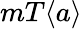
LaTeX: mT\langle a\rangle